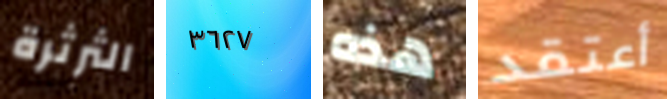
الثرثرة ٣٦٢٧ هذه أعتقد